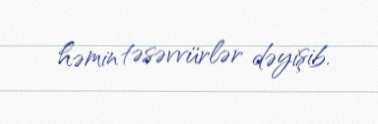
həmin təsəvvürlər dəyişib.